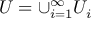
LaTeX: U = \cup _ { i = 1 } ^ { \infty } U _ { i }